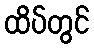
ထိပ်တွင်